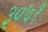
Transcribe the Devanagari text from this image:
३०७१